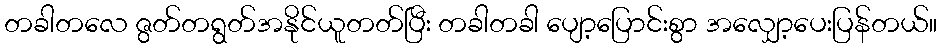
တခါတလေ ဇွတ်တရွတ်အနိုင်ယူတတ်ပြီး တခါတခါ ပျော့ပြောင်းစွာ အလျှော့ပေးပြန်တယ်။